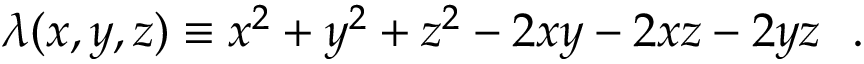
\lambda ( x , y , z ) \equiv x ^ { 2 } + y ^ { 2 } + z ^ { 2 } - 2 x y - 2 x z - 2 y z \ \ .